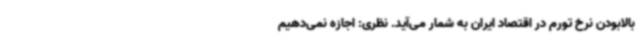
بالابودن نرخ تورم در اقتصاد ایران به شمار می‌آید. نظری: اجازه نمی‌دهیم